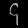
Digit: ၄